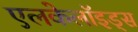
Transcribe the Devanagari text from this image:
एलकेलॉइड्स